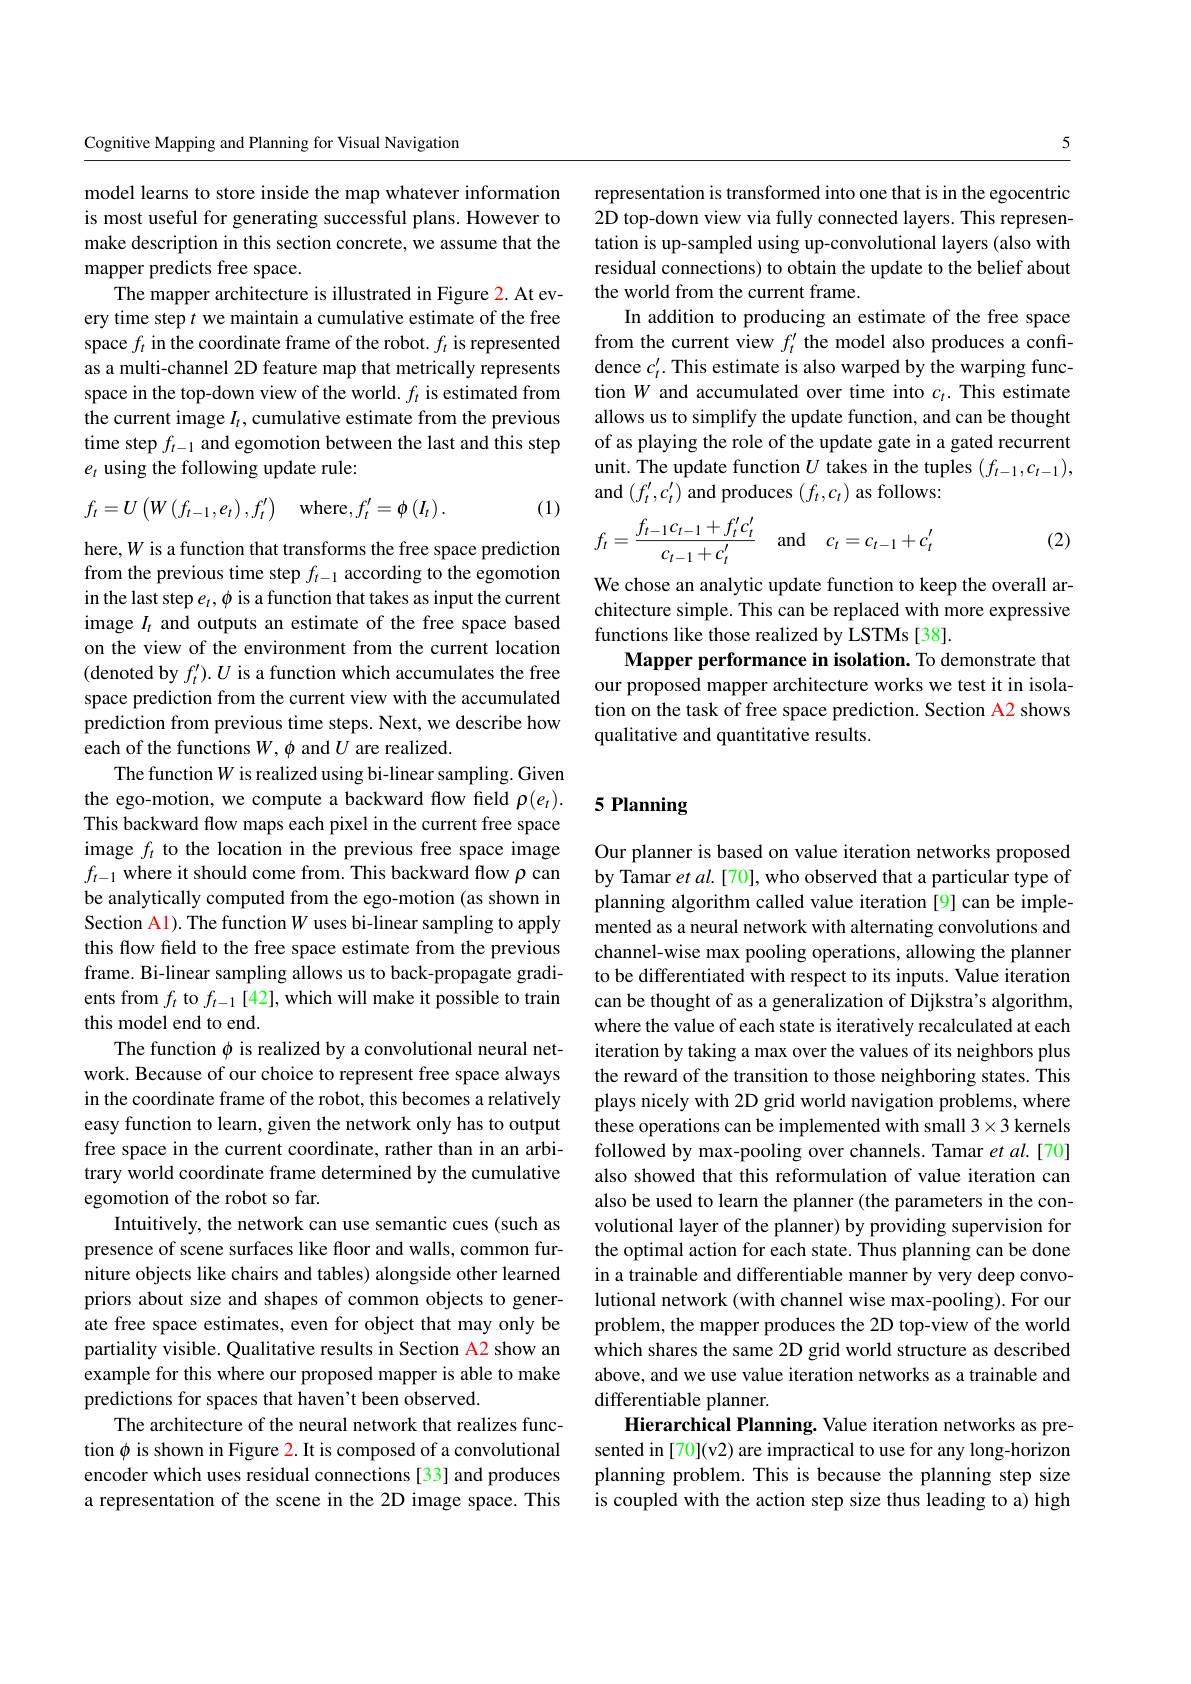
5

representation is transformed into one that is in the egocentric 2D top-down view via fully connected layers. This representation is up-sampled using up-convolutional layers (also with residual connections) to obtain the update to the belief about the world from the current frame.
In addition to producing an estimate of the free space from the current view $f_t^{\prime}$ the model also produces a confidence $c_t^{\prime}.$ This estimate is also warped by the warping function $W$ and accumulated over time into $c_t.$ This estimate allows us to simplify the update function, and can be thought of as playing the role of the update gate in a gated recurrent unit. The update function $U$ takes in the tuples $(f_{t-1},c_{t-1})$, and $(f_t^{\prime},c_t^{\prime})$ and produces $(f_t,c_t)$ as follows:
$$f_t=\frac{f_{t-1}c_{t-1}+f_t'c_t'}{c_{t-1}+c_t'}\quad\mathrm{and}\quad c_t=c_{t-1}+c_t'$$
(2)

We chose an analytic update function to keep the overall architecture simple. This can be replaced with more expressive functions like those realized by LSTMs [38].
Mapper performance in isolation. To demonstrate that our proposed mapper architecture works we test it in isolation on the task of free space prediction. Section A2 shows qualitative and quantitative results.

Cognitive Mapping and Planning for Visual Navigation

model learns to store inside the map whatever information is most useful for generating successful plans. However to make description in this section concrete, we assume that the mapper predicts free space.
The mapper architecture is illustrated in Figure 2. At every time step $t$ we maintain a cumulative estimate of the free space $f_t$ in the coordinate frame of the robot. $f_t$ is represented as a multi-channel 2D feature map that metrically represents space in the top-down view of the world. $f_t$ is estimated from the current image $I_t$, cumulative estimate from the previous time step $f_t-1$ and egomotion between the last and this step $e_t$ using the following update rule:
$$f_t=U\left(W\left(f_{t-1},e_t\right),f_t'\right)\quad\mathrm{where},f_t'=\phi\left(I_t\right).$$
(1)

here,$W$ is a function that transforms the free space prediction from the previous time step $f_t-1$ according to the egomotion in the last step $e_t,\phi$ is a function that takes as input the current image $I_t$ and outputs an estimate of the free space based on the view of the environment from the current location (denoted by $f_t^{\prime}).U$ is a function which accumulates the free space prediction from the current view with the accumulated prediction from previous time steps. Next, we describe how each of the functions $W,\phi$ and $U$ are realized.
The function $W$ is realized using bi-linear sampling. Given the ego-motion, we compute a backward flow field $\rho(e_{t}).$ This backward flow maps each pixel in the current free space image $f_t$ to the location in the previous free space image $f_{t-1}$ where it should come from. This backward flow $\rho$ can be analytically computed from the ego-motion (as shown in Section Al). The function $W$ uses bi-linear sampling to apply this flow field to the free space estimate from the previous frame. Bi-linear sampling allows us to back-propagate gradients from $f_t$ to $f_t-1[42]$,which will make it possible to train this model end to end.
The function $\phi$ is realized by a convolutional neural network. Because of our choice to represent free space always in the coordinate frame of the robot, this becomes a relatively easy function to learn, given the network only has to output free space in the current coordinate, rather than in an arbitrary world coordinate frame determined by the cumulative egomotion of the robot so far.
Intuitively, the network can use semantic cues (such as presence of scene surfaces like floor and walls, common furniture objects like chairs and tables) alongside other learned priors about size and shapes of common objects to generate free space estimates, even for object that may only be partiality visible. Qualitative results in Section A2 show an example for this where our proposed mapper is able to make predictions for spaces that haven't been observed.
The architecture of the neural network that realizes function $\phi$ is shown in Figure 2. It is composed of a convolutional encoder which uses residual connections [33] and produces a representation of the scene in the 2D image space. This

## 5 Planning

Our planner is based on value iteration networks proposed by Tamar et $al.[70]$, who observed that a particular type of planning algorithm called value iteration [9] can be implemented as a neural network with alternating convolutions and channel-wise max pooling operations, allowing the planner to be differentiated with respect to its inputs. Value iteration can be thought of as a generalization of Dijkstra's algorithm, where the value of each state is iteratively recalculated at each iteration by taking a max over the values of its neighbors plus the reward of the transition to those neighboring states. This plays nicely with 2D grid world navigation problems, where these operations can be implemented with small 3×3 kernels followed by max-pooling over channels. Tamar et al.[70] also showed that this reformulation of value iteration can also be used to learn the planner (the parameters in the convolutional layer of the planner) by providing supervision for the optimal action for each state. Thus planning can be done in a trainable and differentiable manner by very deep convolutional network (with channel wise max-pooling). For our problem, the mapper produces the 2D top-view of the world which shares the same 2D grid world structure as described above, and we use value iteration networks as a trainable and differentiable planner.
Hierarchical Planning. Value iteration networks as presented in [70](v2) are impractical to use for any long-horizon planning problem. This is because the planning step size is coupled with the action step size thus leading to a) high